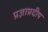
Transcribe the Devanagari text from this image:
प्रज्ञाप्रदीप